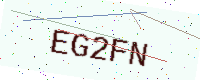
Text: EG2FN